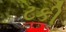
ટકી